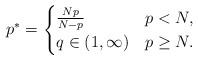
LaTeX: \begin{align*} p^*= \begin{cases}\frac{Np}{N-p} &p<N,\\q\in(1,\infty)&p\geq N. \end{cases}\end{align*}